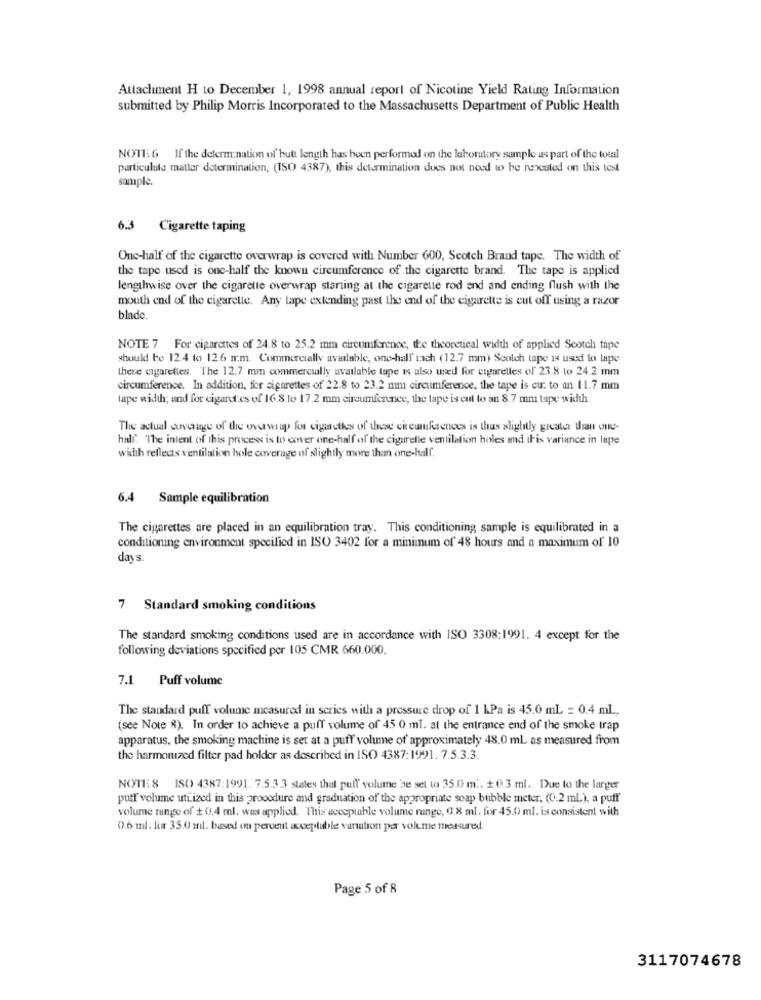
Attachment H to December 1, 1998 annual report of Nicotine Yield Rating Information
submitted by Philip Morris Incorporated to the Massachusetts Department of Public Health
NOTE: 6 If the determination of butt length has been performed on the laboratory sample as part of the total
particulate matter determination, (ISO 4387), this determination dues not need to be runocuted on this test
sample.
6.3 Cigarette taping
One-half of the cigarette overwrap is covered with Number 600, Scotch Brand tape. The width of
the tape used is one-half the known circumference of the cigarette brand. The tape is applied
lengthwise over the cigarette overwrap starting at the cigarette rod and and ending flush with the
mouth end of the cigarette. Any tape extending past the end of the cigarette is cut off using a razor
blade.
NOTE 7 For cigarettes of 24.8 to 25.2 mm circumference, te theoretical width of applied Scotch tape
should be 12.4 to 12.6 mm. Commercially available, one-hall' ich (12.7 mm) Scotch tape is used to lape
these cigarettes. The 12.7 mm commercially available tape is also used for cigarettes of 23.8 to 24.2 mm
circumference. In addition, for cigarettes of 22.8 to 23.2 mm circumference, the tape is cu. to an 11.7 mm
tape width; and for cigaret es of 16.8 to 17.2 mm circumference, the tape is cut to an 8.7 mm tupe width.
The actual coverage of the overwrap for cigarettes of these circumkacnoes is thus slightly greater than one-
half. "The intent of this process is to cover one-half of the cigarelle ventilation holes and this variance in lape
width reflects ventilation hole coverage of slightly more than one-half.
6.4 Sample equilibration
The cigarettes are placed in an equilibration tray. This conditioning sample is equilibrated in a
conditioning environment specified in ISO 3402 for a minimum of 48 hours and a maximum of 10
days.
7 Standard smoking conditions
The standard smoking conditions used are in accordance with ISO 3308:1991. 4 except for the
following deviations specified per 105 CMR 660,000.
7.1
Puff volume
The standard puff volume measured in series with a pressure drop of 1 kPa is 45.0 mL = 0.4 mL,
(see Note 8). In order to achieve a puff volume of 45 0 ml. at the entrance end of the smoke trap
apparatus, the smoking machine is set at a puff volume of approximately 48.0 mL as measured from
the harmonized filter pad holder as described in ISO 4387:1991. 7.5.3.3.
NOTES ISO 4387:1991. 7.5.3.3 states that puff' volume be set to 35.0 m .. + 0.3 ml. Due to the langer
puff volume utiized in this prooodure and graduation of the appropriate soap bubble meter, (0.2 mL), a puff
volume range of + 0.4 ml. was applied. This acceptable volume range, 0.8 ml. for 45.0 ml. is consistent with
0.6 ml. lor 35.0 ml. based on percent acceptable variation per volume measured.
Page 5 of 8
3117074678